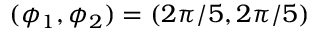
( \phi _ { 1 } , \phi _ { 2 } ) = ( 2 \pi / 5 , 2 \pi / 5 )